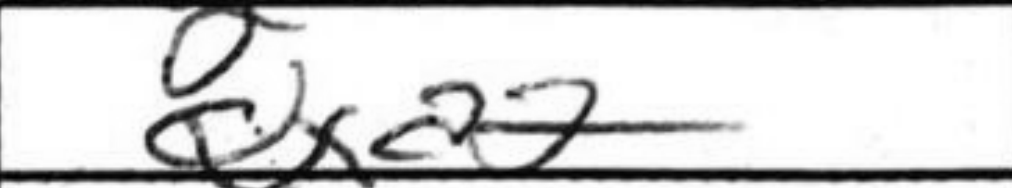
Transcription: Qxa2